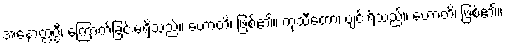
အနောတ္တပ္ပီ၊ ကြောက်ခြင်းမရှိသည်။ ဟောတိ၊ ဖြစ်၏။ ကုသီတော၊ ပျင်းရိသည်။ ဟောတိ၊ ဖြစ်၏။